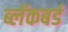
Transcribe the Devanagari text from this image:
ब्लॅकबर्ड